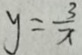
y = \frac { 3 } { x }